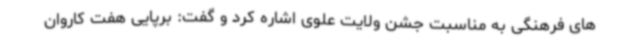
های فرهنگی به مناسبت جشن ولایت علوی اشاره کرد و گفت: برپایی هفت کاروان